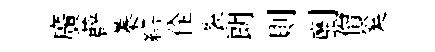
廣薜蓁繕佺裂朗則劘僧奚